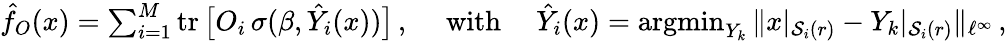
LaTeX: \begin{array}{r}{\hat{f}_{O}(x)=\sum_{i=1}^{M}\operatorname{tr}\big[O_{i}\, \sigma(\beta,\hat{Y}_{i}(x))\big]\, ,\quad\mathrm{~with~}\quad\hat{Y}_{i}(x)=\operatorname{argmin}_{{Y}_{k}}\| x|_{\mathcal{S}_{i}(r)}-{Y}_{k}|_{\mathcal{S}_{i}(r)}\| _{\ell^{\infty}}\, ,}\end{array}